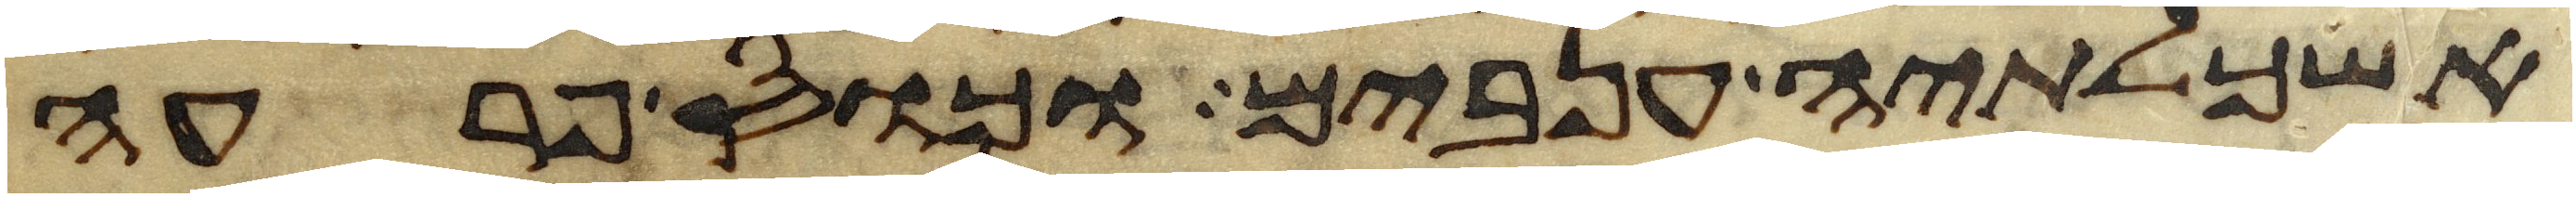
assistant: אשכלתיה ענבים וכוס פרעה